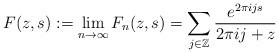
LaTeX: \begin{align*}F(z,s) :=\lim_{n \to \infty} F_n(z,s) = \sum_{ j \in \mathbb{Z}} \frac{ e^{ 2 \pi i j s } }{ 2 \pi i j + z } \end{align*}